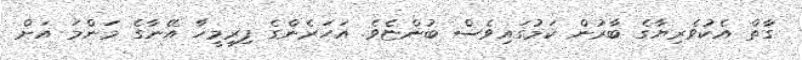
ގާތް އެކުވެރިޔާގެ ބާރުން ކަމުގައިވެސް ބުންޏެވެ. އަހަރެންގެ ފިރިމީހާ އޭނާގެ މަންމަ އަށް